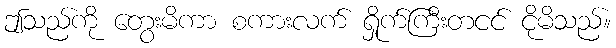
ဤသည်ကို တွေးမိကာ စကားလက် ရှိုက်ကြီးတငင် ငိုမိသည်။